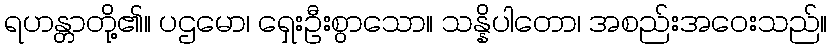
ရဟန္တာတို့၏။ ပဌမော၊ ရှေးဦးစွာသော။ သန္နိပါတော၊ အစည်းအဝေးသည်။